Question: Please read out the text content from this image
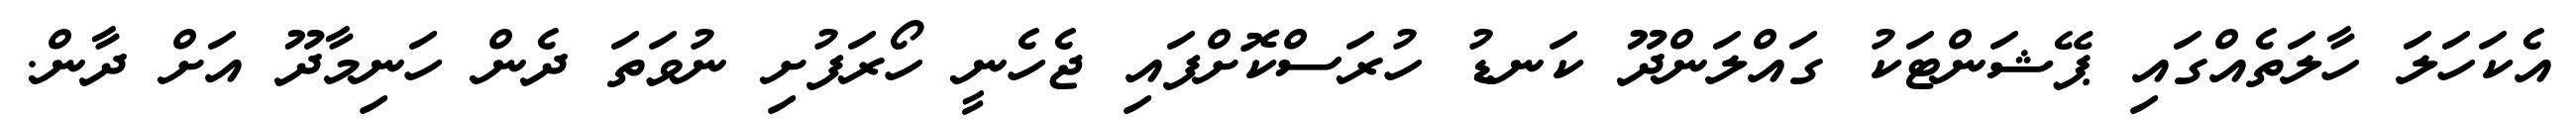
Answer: އެކަހަލަ ހާލަތެއްގައި ޕޭޝަންޓަކު ގައްލަންދޫ ކަނޑު ހުރަސްކޮށްފައި ޖެހެނީ ހޯރަފުށި ނުވަތަ ދެން ހަނިމާދޫ އަށް ދާން.